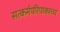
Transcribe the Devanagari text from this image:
सत्कर्मपरिपाकाच्च